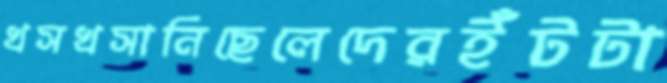
খসখসানিছেলেদেরইঁটটা